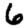
Digit: 6